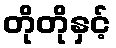
တိုတိုနှင့်